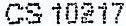
CS 10217